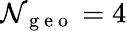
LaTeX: \mathcal{N}_{\mathrm{{~g~e~o~}}}=4